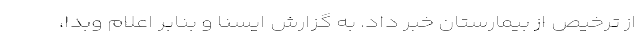
از ترخیص از بیمارستان خبر داد. به گزارش ایسنا و بنابر اعلام وبدا،